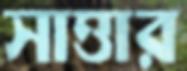
সাত্তার